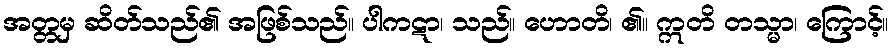
အတ္တမှ ဆိတ်သည်၏ အဖြစ်သည်။ ပါကဋာ၊ သည်။ ဟောတိ၊ ၏။ ဣတိ တသ္မာ၊ ကြောင့်။